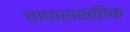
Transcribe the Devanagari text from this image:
चापारास्तिक